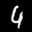
Label: 4